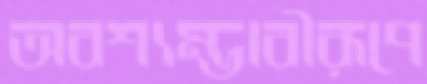
অবশ্যম্ভাবীরূপে